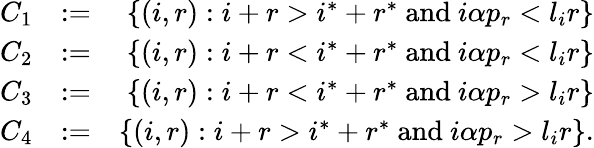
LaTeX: \begin{array}{rlr}{C_{1}}&{:=}&{\{ (i,r):i+r>i^{*}+r^{*}\mathrm{~and~}i\alpha p_{r}<l_{i}r\} }\\ {C_{2}}&{:=}&{\{ (i,r):i+r<i^{*}+r^{*}\mathrm{~and~}i\alpha p_{r}<l_{i}r\} }\\ {C_{3}}&{:=}&{\{ (i,r):i+r<i^{*}+r^{*}\mathrm{~and~}i\alpha p_{r}>l_{i}r\} }\\ {C_{4}}&{:=}&{\{ (i,r):i+r>i^{*}+r^{*}\mathrm{~and~}i\alpha p_{r}>l_{i}r\} .}\end{array}